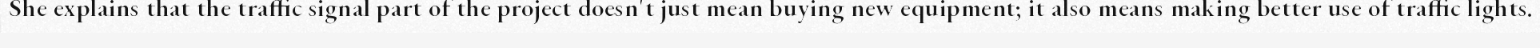
She explains that the traffic signal part of the project doesn't just mean buying new equipment; it also means making better use of traffic lights.